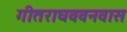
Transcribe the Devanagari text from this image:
गीतराघववनवास